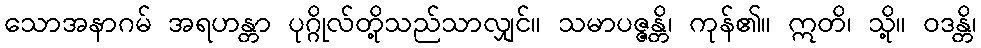
သောအနာဂမ် အရဟန္တာ ပုဂ္ဂိုလ်တို့သည်သာလျှင်။ သမာပဇ္ဇန္တိ၊ ကုန်၏။ ဣတိ၊ သို့။ ဝဒန္တိ၊